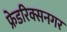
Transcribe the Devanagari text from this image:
फ्रेडरिक्सनगर